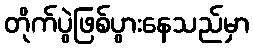
တိုက်ပွဲဖြစ်ပွားနေသည်မှာ